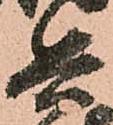
兵